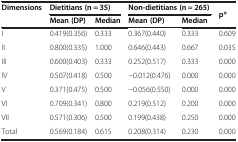
<table><thead><tr><td><b>Dimensions</b></td><td colspan="2"><b>Dietitians (n = 35)</b></td><td colspan="2"><b>Non-dietitians (n = 265)</b></td><td><b>p*</b></td></tr><tr><td><b> </b></td><td><b>Mean (DP)</b></td><td><b>Median</b></td><td><b>Mean (DP)</b></td><td><b>Median</b></td><td><b> </b></td></tr></thead><tbody><tr><td>I</td><td>0.419(0.356)</td><td>0.333</td><td>0.367(0.440)</td><td>0.333</td><td>0.609</td></tr><tr><td>II</td><td>0.800(0.335)</td><td>1.000</td><td>0.646(0.443)</td><td>0.667</td><td>0.035</td></tr><tr><td>III</td><td>0.600(0.403)</td><td>0.333</td><td>0.252(0.517)</td><td>0.333</td><td>0.000</td></tr><tr><td>IV</td><td>0.507(0.418)</td><td>0.500</td><td>-0.012(0.476)</td><td>0.000</td><td>0.000</td></tr><tr><td>V</td><td>0.371(0.475)</td><td>0.500</td><td>-0.056(0.550)</td><td>0.000</td><td>0.000</td></tr><tr><td>VI</td><td>0.709(0.341)</td><td>0.800</td><td>0.219(0.512)</td><td>0.200</td><td>0.000</td></tr><tr><td>VII</td><td>0.571(0.306)</td><td>0.500</td><td>0.199(0.438)</td><td>0.250</td><td>0.000</td></tr><tr><td>Total</td><td>0.569(0.184)</td><td>0.615</td><td>0.208(0.314)</td><td>0.230</td><td>0.000</td></tr></tbody></table>